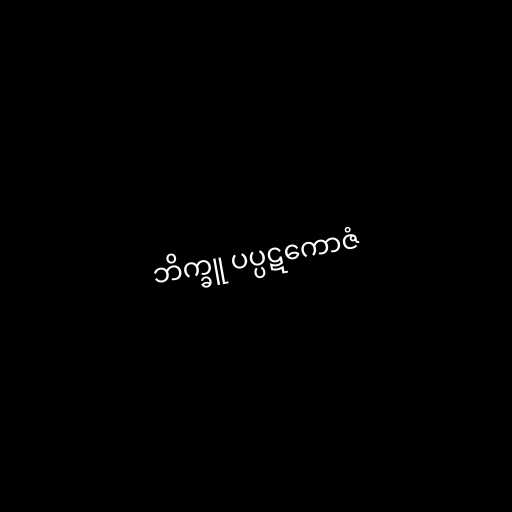
ဘိက္ခူ ပပ္ပဋကောဇံ